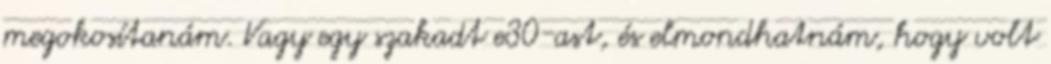
megokosítanám. Vagy egy szakadt e30-ast, és elmondhatnám, hogy volt